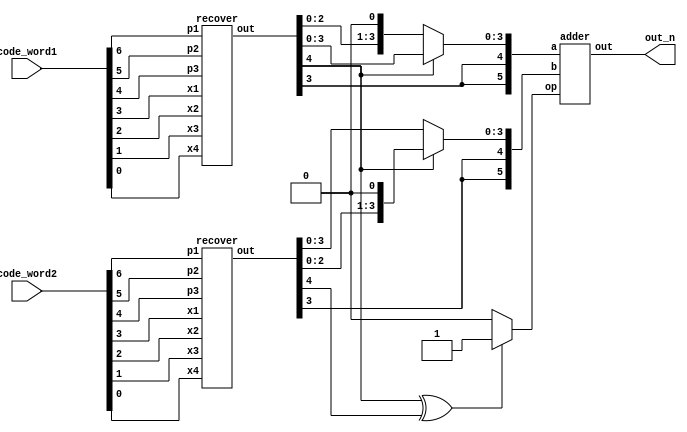
module HD(
	code_word1,
	code_word2,
	out_n
);
input  [6:0]code_word1, code_word2;
output reg signed[5:0] out_n;

wire [4:0] r_out1, r_out2;
wire [1:0] opt;
wire [3:0] w1, w2;
wire [5:0] a, b;
wire [5:0] adder_out;
wire op;
recover URecover1(.out(r_out1), .p1(code_word1[6]), .p2(code_word1[5]), .p3(code_word1[4]), .x1(code_word1[3]), .x2(code_word1[2]), .x3(code_word1[1]), .x4(code_word1[0]));
recover URecover2(.out(r_out2), .p1(code_word2[6]), .p2(code_word2[5]), .p3(code_word2[4]), .x1(code_word2[3]), .x2(code_word2[2]), .x3(code_word2[1]), .x4(code_word2[0]));
adder Uadder(.out(adder_out) , .a(a), .b(b), .op(op));

assign w1 = r_out1[3:0];
assign w2 = r_out2[3:0];
assign opt = {r_out1[4], r_out2[4]};

assign a = (opt[1])? {{2{w1[3]}}, w1} : {w1[3], w1, 1'b0};
assign b = (opt[1])? {{w2[3]}, w2, 1'b0} : {{2{w2[3]}}, w2};
assign op = (opt[1] ^ opt[0])? 1'b1 : 1'b0 ;

always @(*) begin
	out_n = adder_out;
end

endmodule

module recover(out, p1, p2, p3, x1, x2, x3, x4);
	input p1, p2, p3, x1, x2, x3, x4;
	output reg [4:0] out;
	wire c1, c2, c3, g1, g2, g3;
	wire c1_c2, c1_c3, c2_c3 , x_wrong;
	
	wire x1_, x2_, x3_, x4_;

	wire [2:0] wrong_type;
	
	assign c1 = p1 ^ x1 ^ x2 ^ x3;
	assign c2 = p2 ^ x1 ^ x2 ^ x4;
	assign c3 = p3 ^ x1 ^ x3 ^ x4;
	
	assign x1_ = ~x1;
	assign x2_ = ~x2;
	assign x3_ = ~x3;
	assign x4_ = ~x4;

	assign wrong_type = {c3, c2, c1};
	
	always @(*) begin
		case (wrong_type)
			3'b001: out = {p1 , x1, x2, x3, x4};
			3'b010: out = {p2 , x1, x2, x3, x4};
			3'b011: out = {x2 , x1, x2_, x3, x4};
			3'b100: out = {p3 , x1, x2, x3, x4};
			3'b101: out = {x3 , x1, x2, x3_, x4};
			3'b110: out = {x4 , x1, x2, x3, x4_};
			3'b111: out = {x1 , x1_, x2, x3, x4};
			default: out = {1'b0 , x1, x2, x3, x4};
		endcase
	
	end
	
endmodule


module HA(sum, c_out, a, b);
	input wire a, b;
	output wire sum, c_out;
	xor (sum, a, b);
	and (c_out, a, b);
endmodule

module FA(sum, c_out, a, b, c_in);
	input a, b, c_in;
	output sum, c_out;
	wire s1, c_out1, c_out2;
	HA U1(.sum(s1), .c_out(c_out1), .a(a), .b(b));
	HA U2(.sum(sum), .c_out(c_out2), .a(s1), .b(c_in));
	or (c_out, c_out1, c_out2);
endmodule

module adder(out , a, b, op);
	input [5:0] a, b;
	input op;
	output signed [5:0] out;
	wire [5:0] b_new;
	assign b_new = b ^ {6{op}};
	wire c_out1, c_out2, c_out3, c_out4, c_out5, c_out6;
	FA U1(.sum(out[0]), .c_out(c_out1), .a(a[0]), .b(b_new[0]), .c_in(op));
	FA U2(.sum(out[1]), .c_out(c_out2), .a(a[1]), .b(b_new[1]), .c_in(c_out1));
	FA U3(.sum(out[2]), .c_out(c_out3), .a(a[2]), .b(b_new[2]), .c_in(c_out2));
	FA U4(.sum(out[3]), .c_out(c_out4), .a(a[3]), .b(b_new[3]), .c_in(c_out3));
	FA U5(.sum(out[4]), .c_out(c_out5), .a(a[4]), .b(b_new[4]), .c_in(c_out4));
	FA U6(.sum(out[5]), .c_out(c_out6), .a(a[5]), .b(b_new[5]), .c_in(c_out5));
endmodule